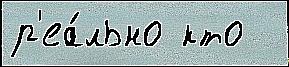
р'еа́льно кто